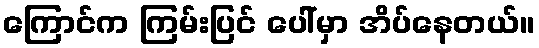
ကြောင်က ကြမ်းပြင် ပေါ်မှာ အိပ်နေတယ်။